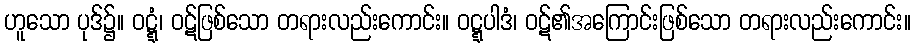
ဟူသော ပုဒ်၌။ ဝဋ္ဋံ၊ ဝဋ်ဖြစ်သော တရားလည်းကောင်း။ ဝဋ္ဋပါဒံ၊ ဝဋ်၏အကြောင်းဖြစ်သော တရားလည်းကောင်း။